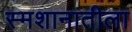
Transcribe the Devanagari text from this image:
स्मशानातीला